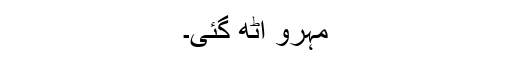
مہرو اٹھ گئی۔